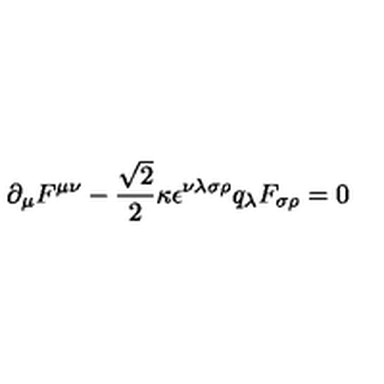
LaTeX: \partial _ { \mu } F ^ { \mu \nu } - \frac { \sqrt { 2 } } { 2 } \kappa \epsilon ^ { \nu \lambda \sigma \rho } q _ { \lambda } F _ { \sigma \rho } = 0